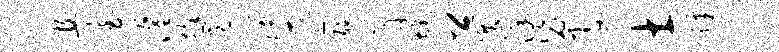
且室濯徐范熳匪聪膏旄卿巽详毖娶士蜂